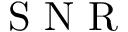
\mathrm { ~ S ~ N ~ R ~ }